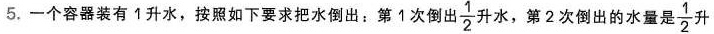
5.一个容器装有1升水，按照如下要求把水倒出。第1次倒出 \frac{1}{2} 升水，第2次倒出的水量是 \frac{1}{2}升